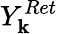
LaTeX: Y_{\mathbf{k}}^{Ret}